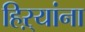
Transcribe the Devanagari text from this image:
हिऱ्यांना